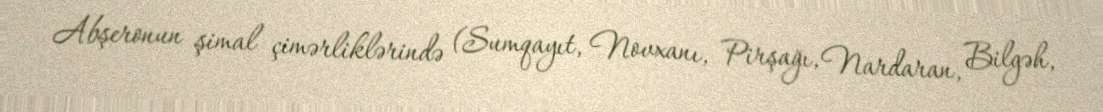
Abşeronun şimal çimərliklərində (Sumqayıt, Novxanı, Pirşağı, Nardaran, Bilgəh,